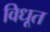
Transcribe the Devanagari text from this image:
विधूत